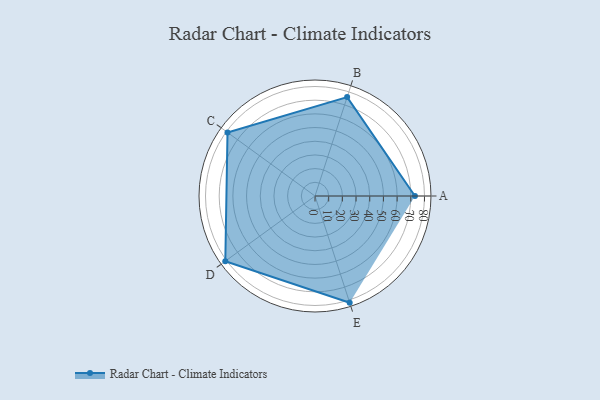
{"axis": {"x": "Skill", "y": "Score"}, "legend": ["Profile"], "data": [{"x": "A", "y": 73.0, "type": "Profile"}, {"x": "B", "y": 76.0, "type": "Profile"}, {"x": "C", "y": 79.0, "type": "Profile"}, {"x": "D", "y": 81.0, "type": "Profile"}, {"x": "E", "y": 82.0, "type": "Profile"}]}